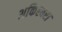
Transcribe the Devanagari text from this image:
अकिह्बरा